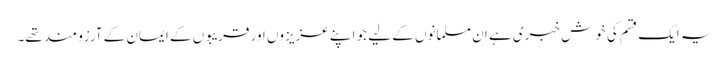
یہ ایک قسم کی خوش خبری ہے ان مسلمانوں کے لیے جو اپنے عزیزوں اور قریبوں کے ایمان کے آرزو مند تھے۔